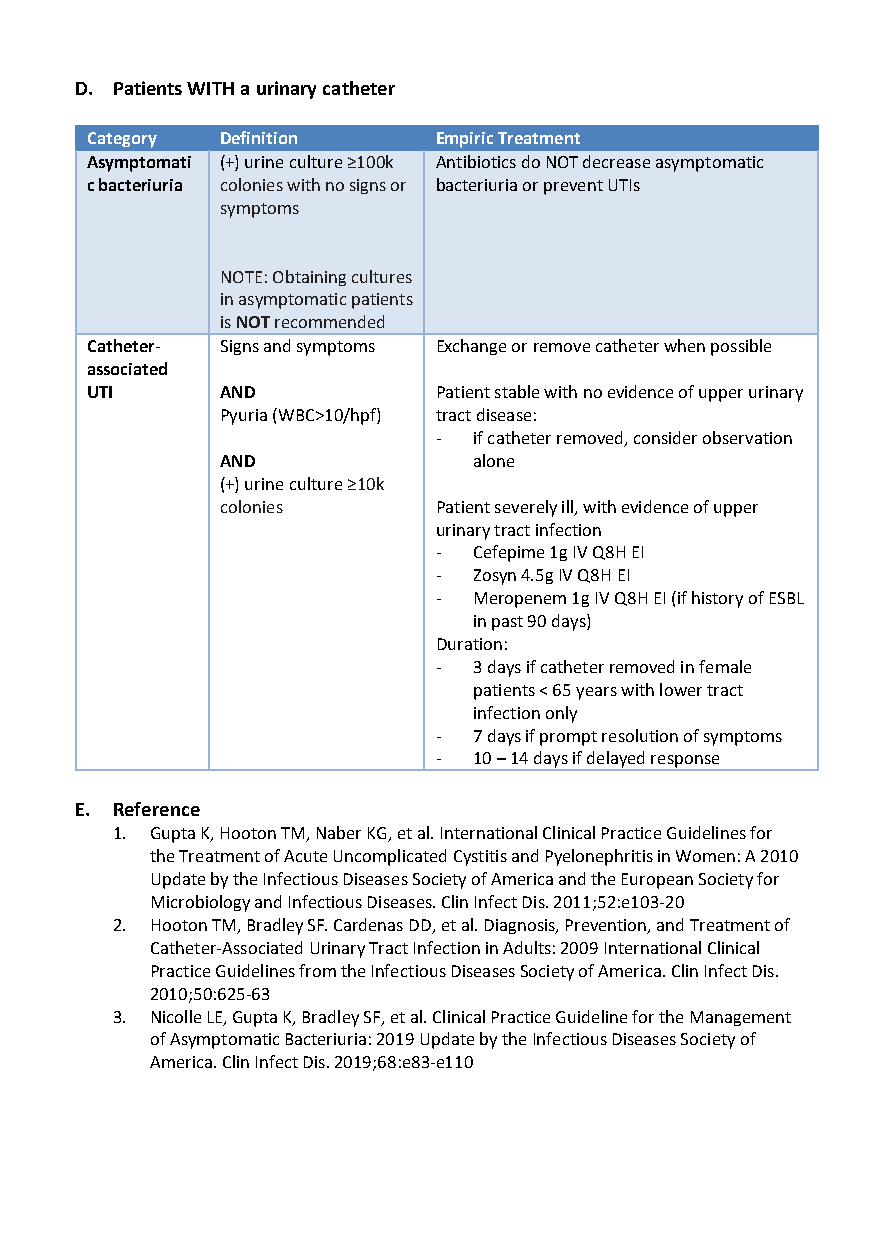
D. Patients WITH a urinary catheter
 Category Definition    Empiric Treatment
 Asymptomati (+) urine culture ≥100k Antibiotics do NOT decrease asymptomatic
 c bacteriuria colonies with no signs or bacteriuria or prevent UTIs
 symptoms
 NOTE: Obtaining cultures
 in asymptomatic patients
 is NOT recommended
 Catheter- Signs and symptoms Exchange or remove catheter when possible
 associated
 UTI      AND           Patient stable with no evidence of upper urinary
 Pyuria (WBC>10/hpf) tract disease:
 - if catheter removed, consider observation
 AND             alone
 (+) urine culture ≥10k
 colonies      Patient severely ill, with evidence of upper
 urinary tract infection
 - Cefepime 1g IV Q8H EI
 - Zosyn 4.5g IV Q8H EI
 - Meropenem 1g IV Q8H EI (if history of ESBL
 in past 90 days)
 Duration:
 - 3 days if catheter removed in female
 patients < 65 years with lower tract
 infection only
 - 7 days if prompt resolution of symptoms
 - 10 – 14 days if delayed response
 E. Reference
 1. Gupta K, Hooton TM, Naber KG, et al. International Clinical Practice Guidelines for
 the Treatment of Acute Uncomplicated Cystitis and Pyelonephritis in Women: A 2010
 Update by the Infectious Diseases Society of America and the European Society for
 Microbiology and Infectious Diseases. Clin Infect Dis. 2011;52:e103-20
 2. Hooton TM, Bradley SF. Cardenas DD, et al. Diagnosis, Prevention, and Treatment of
 Catheter-Associated Urinary Tract Infection in Adults: 2009 International Clinical
 Practice Guidelines from the Infectious Diseases Society of America. Clin Infect Dis.
 2010;50:625-63
 3. Nicolle LE, Gupta K, Bradley SF, et al. Clinical Practice Guideline for the Management
 of Asymptomatic Bacteriuria: 2019 Update by the Infectious Diseases Society of
 America. Clin Infect Dis. 2019;68:e83-e110